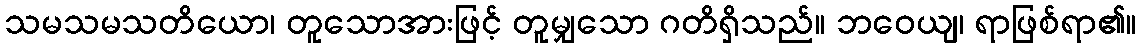
သမသမသတိယော၊ တူသောအားဖြင့် တူမျှသော ဂတိရှိသည်။ ဘဝေယျ၊ ရာဖြစ်ရာ၏။